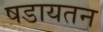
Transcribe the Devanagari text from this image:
षडायतन